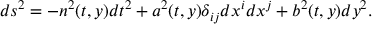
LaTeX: d s ^ { 2 } = - n ^ { 2 } ( t , y ) d t ^ { 2 } + a ^ { 2 } ( t , y ) \delta _ { i j } d x ^ { i } d x ^ { j } + b ^ { 2 } ( t , y ) d y ^ { 2 } .